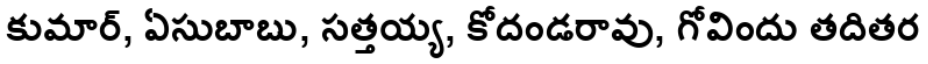
కుమార్, ఏసుబాబు, సత్తయ్య, కోదండరావు, గోవిందు తదితర